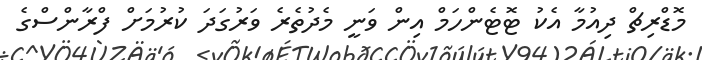
މޮޑްރިޗް ދިއުމާ އެކު ޓޮޓެންހަމް އިން ވަނީ މެދުތެރެ ވަރުގަދަ ކުރުމަށް ފްރާންސްގެ